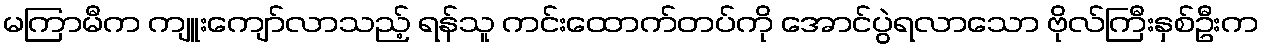
မကြာမီက ကျူးကျော်လာသည့် ရန်သူ ကင်းထောက်တပ်ကို အောင်ပွဲရလာသော ဗိုလ်ကြီးနှစ်ဦးက